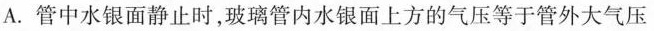
A.管中水银面静止时，玻璃管内水银面上方的气压等于管外大气压